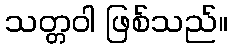
သတ္တဝါ ဖြစ်သည်။